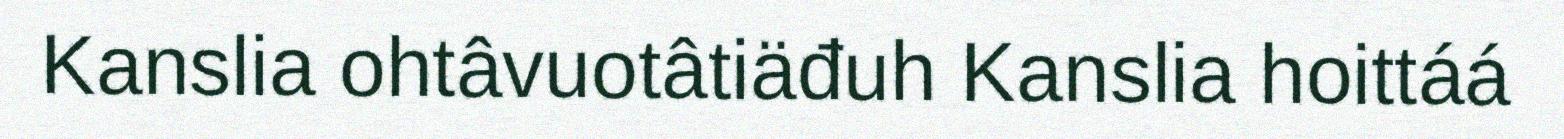
Kanslia ohtâvuotâtiäđuh Kanslia hoittáá